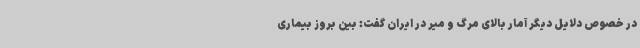
در خصوص دلایل دیگر آمار بالای مرگ و میر در ایران گفت: بین بروز بیماری